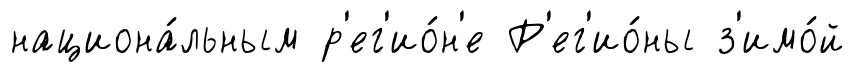
национа́льным р'ег'ио́н'е Р'ег'ио́ны з'имо́й